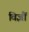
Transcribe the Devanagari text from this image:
विज्ञौं